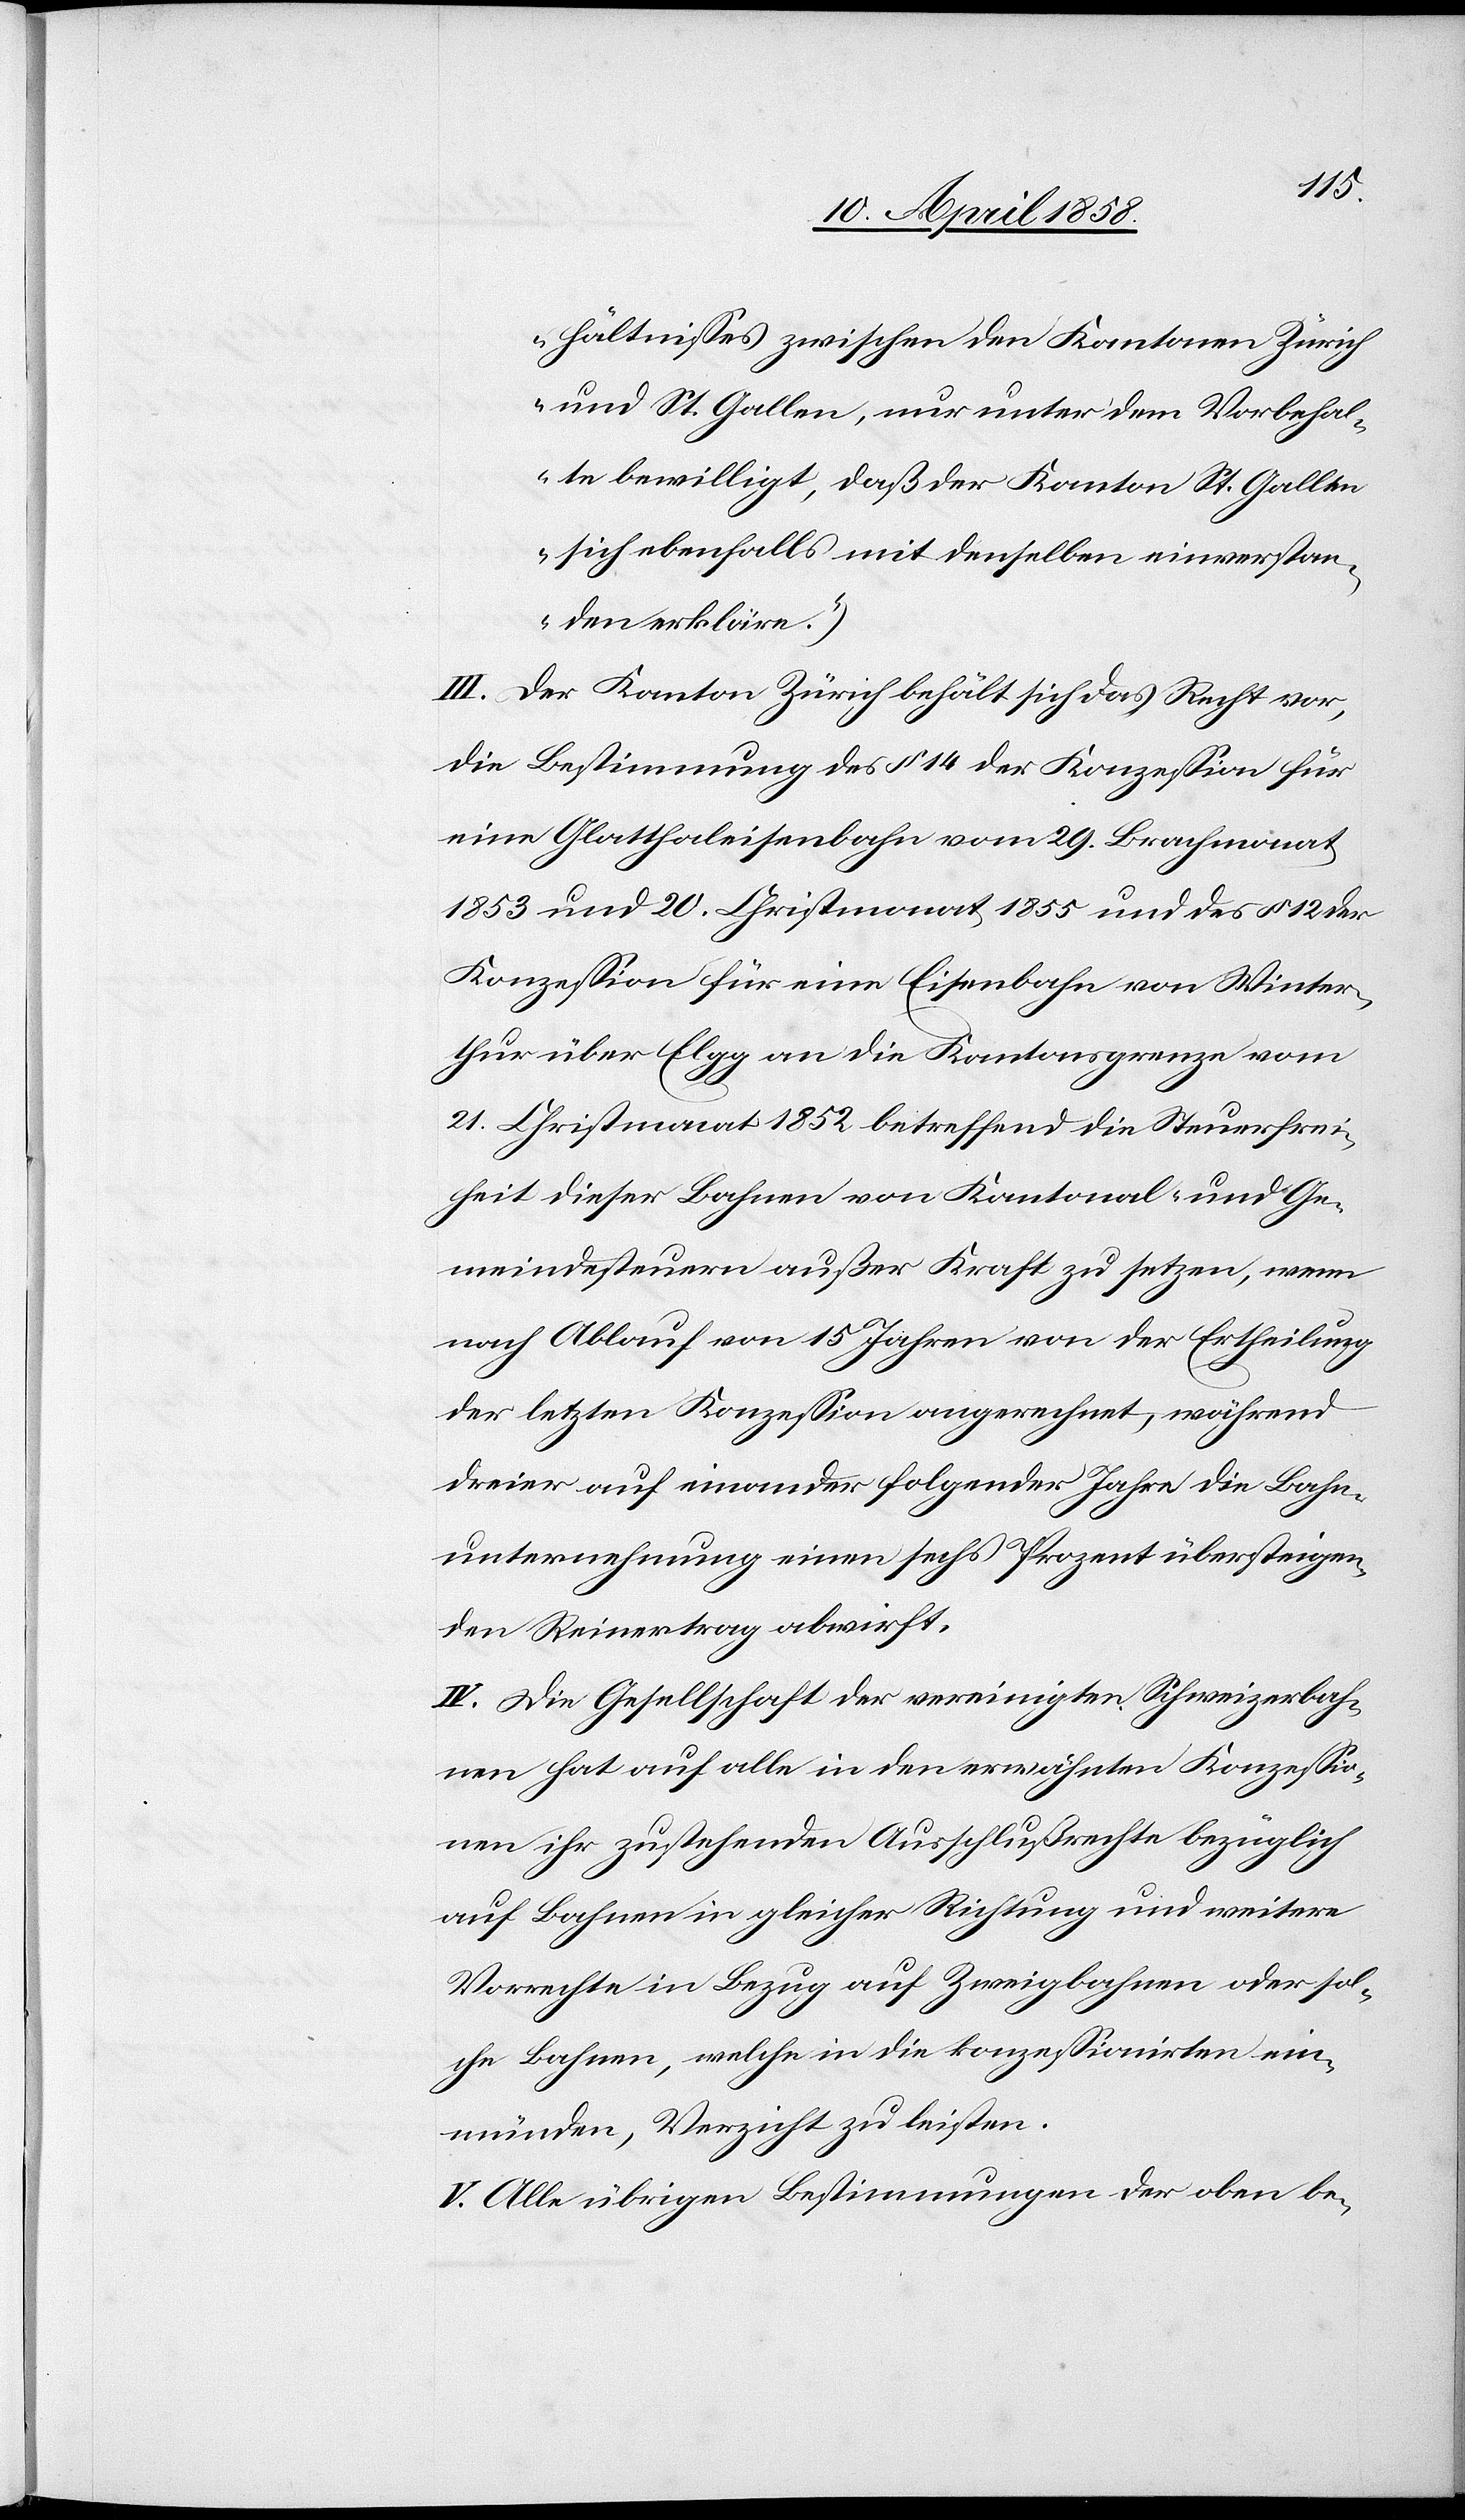
hältnisses zwischen den Kantonen Zürich
und St. Gallen, nur unter dem Vorbehal¬
te bewilligt, daß der Kanton St. Gallen
sich ebenfalls mit denselben einverstan¬
den erkläre.“)
III. Der Kanton Zürich behält sich das Recht vor,
die Bestimmung des § 14 der Konzession für
eine Glatthaleisenbahn vom 19. Brachmonat
1853 und 20. Christmonat 1855 und des § 12 der
Konzession für eine Eisenbahn von Winter¬
thur über Elgg an die Kantonsgrenze vom
21. Christmonat 1852 betreffend die Steuerfrei¬
heit dieser Bahnen von Kantonal- und Ge¬
meindesteuern außer Kraft zu setzen, wenn
nach Ablauf von 15 Jahren von der Ertheilung
der letzten Konzession angerechnet, während
dreier auf einander folgender Jahre die Bahn¬
unternehmung einen sechs Prozent übersteigen¬
den Reinertrag abwirft.
IV. Die Gesellschaft der vereinigten Schweizerbah¬
nen hat auf alle in den erwähnten Konzessio¬
nen ihr zustehenden Ausschlußrechte bezüglich
auf Bahnen in gleicher Richtung und weitere
Vorrechte in Bezug auf Zweigbahnen oder sol¬
chen Bahnen, welche in die konzessionirten ein¬
münden, Verzicht zu leisten.
V. Alle übrigen Bestimmungen der oben be-